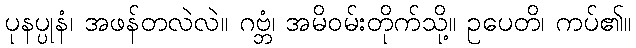
ပုနပ္ပုနံ၊ အဖန်တလဲလဲ။ ဂဗ္ဘံ၊ အမိဝမ်းတိုက်သို့။ ဥပေတိ၊ ကပ်၏။